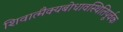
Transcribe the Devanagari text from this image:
शिवात्मैक्यबोधावस्थितिपूर्वक